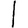
Digit: 1